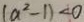
( a ^ { 2 } - 1 ) < 0